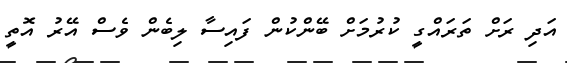
އަދި ރަށް ތަރައްގީ ކުރުމަށް ބޭންކުން ފައިސާ ލިބެން ވެސް އޭރު އޮތީ